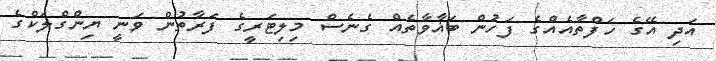
އަދި އޭގެ ހަފްތާއެއްގެ ފަހުން ބަޣާވާތެއް ގެނެސް މިލިޓަރީގެ ފަރާތުން ވަނީ ޔިންގްލަކްގެ